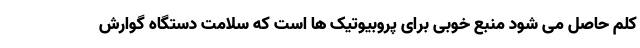
کلم حاصل می شود منبع خوبی برای پروبیوتیک ها است که سلامت دستگاه گوارش